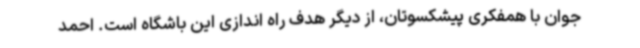
جوان با همفکری پیشکسوتان، از دیگر هدف راه اندازی این باشگاه است. احمد